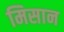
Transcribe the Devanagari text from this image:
मिसान